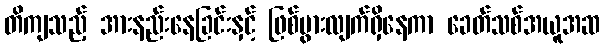
တိကျသည့် အားနည်းနေခြင်းနှင့် ဖြစ်ပွားလျက်ရှိနေကာ ခေတ်သစ်အယူအဆ